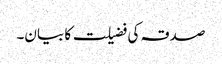
صدقہ کی فضیلت کا بیان۔